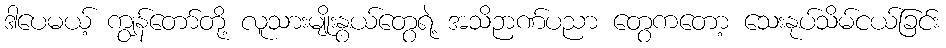
ဒါပေမယ့် ကျွန်တော်တို့ လူသားမျိုးနွယ်တွေရဲ့ အသိဉာဏ်ပညာ တွေကတော့ သေးနုပ်သိမ်ငယ်ခြင်း